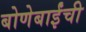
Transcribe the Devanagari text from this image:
बोणेबाईंची